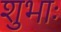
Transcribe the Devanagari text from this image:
शुभाः